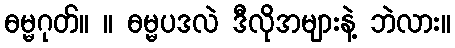
ဓမ္မဂုတ်။ ။ ဓမ္မပဒလဲ ဒီလိုအများနဲ့ ဘဲလား။